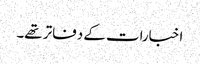
اخبارات کے دفاتر تھے۔